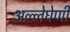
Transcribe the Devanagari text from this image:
अल्लेघेणी